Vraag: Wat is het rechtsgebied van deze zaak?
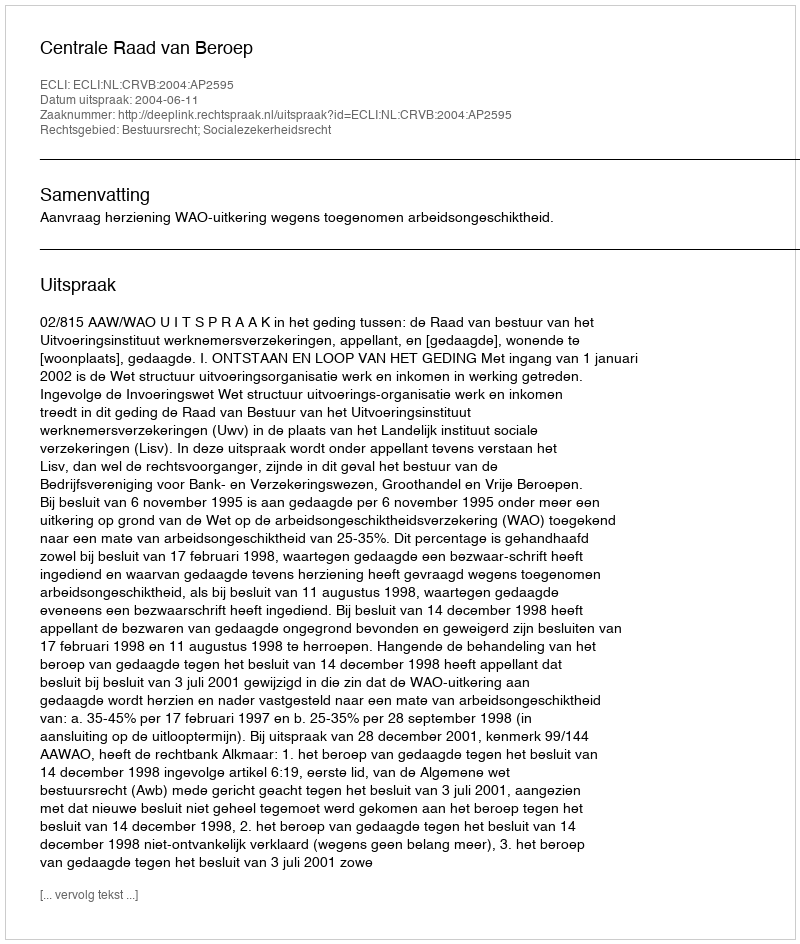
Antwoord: Bestuursrecht; Socialezekerheidsrecht